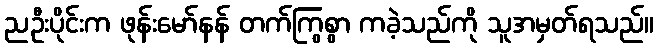
ညဦးပိုင်းက ဖုန်းမော်နန် တက်ကြွစွာ ကခဲ့သည်ကို သူအမှတ်ရသည်။